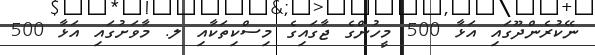
ނޭކުރެންދޫގައި އަޅާ 500 މީހުންގެ ޖާގައިގެ މިސްކިތަކާއި ލ. މާވަށުގައި އަޅާ 500